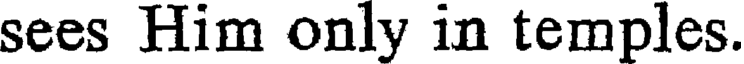
sees Him only in temples.